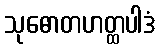
သုဓောတဟတ္ထပါဒံ